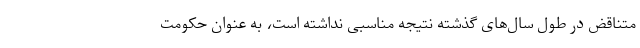
متناقض در طول سال‌های گذشته نتیجه مناسبی نداشته است، به عنوان حکومت